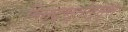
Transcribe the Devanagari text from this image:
मिन्द्स्तोर्म्स